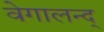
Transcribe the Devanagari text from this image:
वेगालन्द्